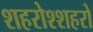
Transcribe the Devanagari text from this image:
शहरोश्शहरो